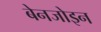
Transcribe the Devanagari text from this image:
बेनजोइन